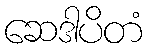
ဆေဒါပိတံ